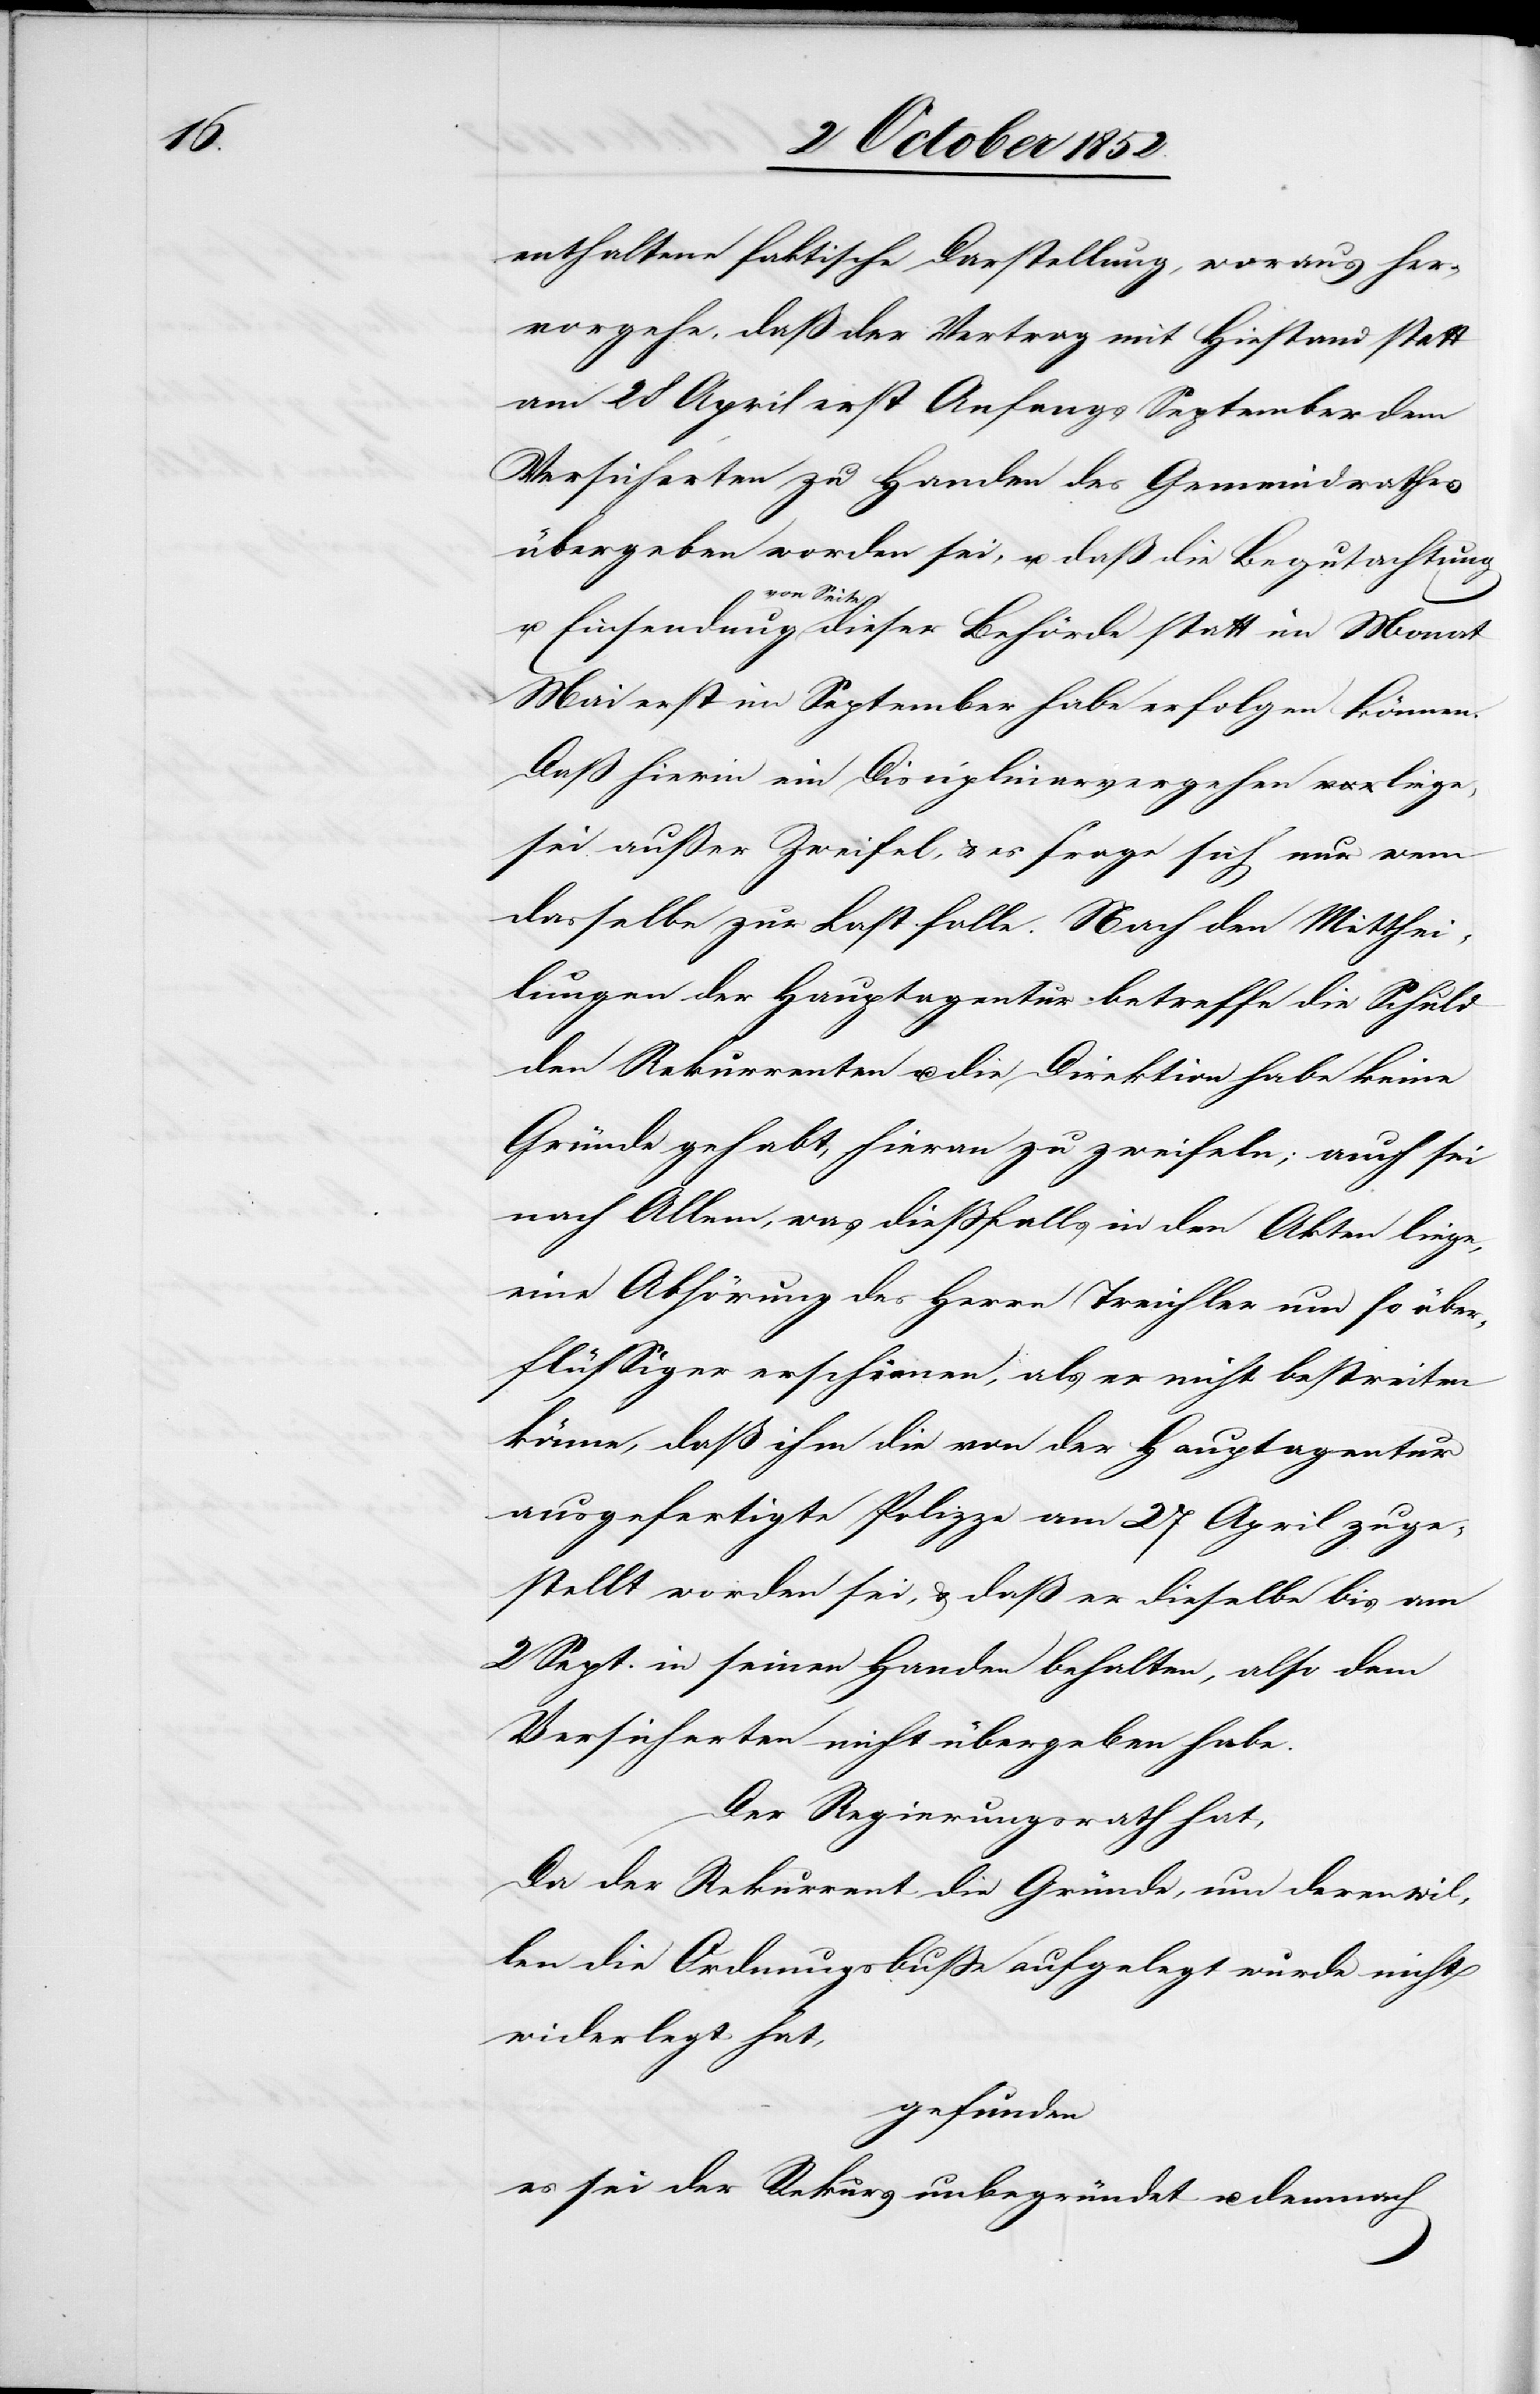
enthaltene faktische Darstellung, woraus her¬
vorgehe, daß der Vertrag mit Hiestand statt
am 28 April erst Anfangs September dem
Versicherten zu Handen des Gemeindrathes
übergeben worden sei, u. daß die Begutachtung
u. Einsendung von Seite dieser Behörde statt im Monat
Mai erst im September habe erfolgen können.
Daß hierin ein Disciplinarvergehen liege,
sei außer Zweifel, & es frage sich nur wem
dasselbe zur Last falle. Nach den Mitthei¬
lungen der Hauptagentur betreffe die Schuld
den Rekurrenten u. die Direktion habe keine
Gründe gehabt, hieran zu zweifeln; auch sei
nach Allem, was dießfalls in den Akten liege,
eine Abhörung des Herrn Treichler um so über¬
flüssiger erschienen, als er nicht bestreiten
könne, daß ihm die von der Hauptagentur
ausgefertigte Polizze am 27 April zuge¬
stellt worden sei, & daß er dieselbe bis am
2 Sept. in seinen Handen behalten, also dem
Versicherten nicht übergeben habe.
Der Regierungsrath hat,
Da der Rekurrent die Gründe, um derenwil¬
len die Ordnungsbuße aufgelegt wurde nicht
widerlegt hat,
gefunden
es sei der Rekurs unbegründet u. demnach